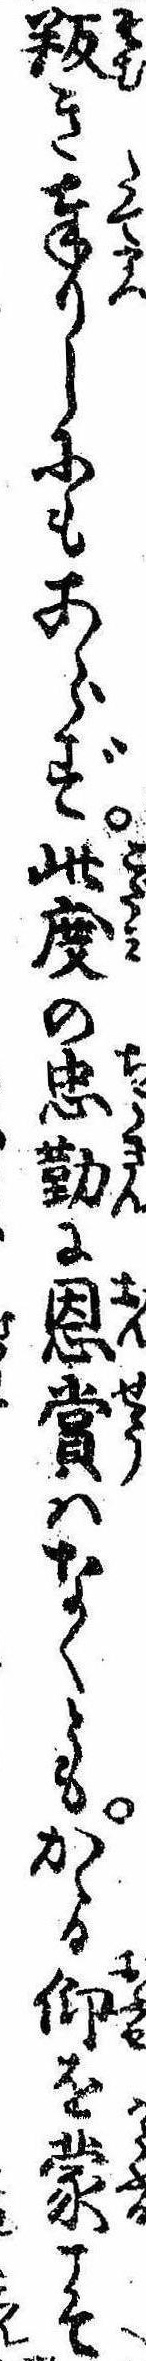
叛き奉りしにもあらず此度の忠勤に恩賞はなくともかゝる仰を蒙こそ